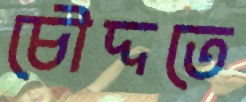
চৌদ্দতে